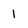
Character: 1